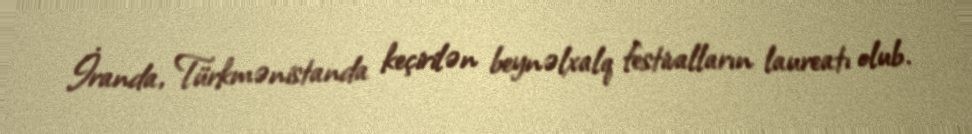
İranda, Türkmənistanda keçirilən beynəlxalq festivalların laureatı olub.